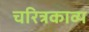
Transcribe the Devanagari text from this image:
चरित्रकाव्य